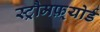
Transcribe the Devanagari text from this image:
स्ट्रौमफ़्योर्ड